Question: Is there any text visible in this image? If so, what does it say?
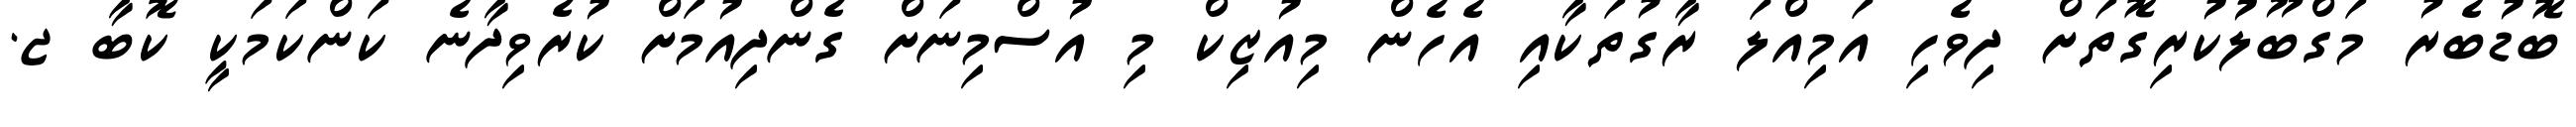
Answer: ބޮޑުބެރު މަގްބޫލުކުރިގޮތަށް ދިވެހި އަމިއްލަ ރާގުތަކާއި އެހެން މިއުޒިކް މި އުސްމިނަށް ގެންދިއުމަށް ކުރެވިދާނެ ކަންކަމަކީ ކޮބާ ޖ.